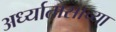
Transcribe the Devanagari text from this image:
अर्ध्यातासाच्या